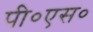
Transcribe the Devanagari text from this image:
पी०एस०